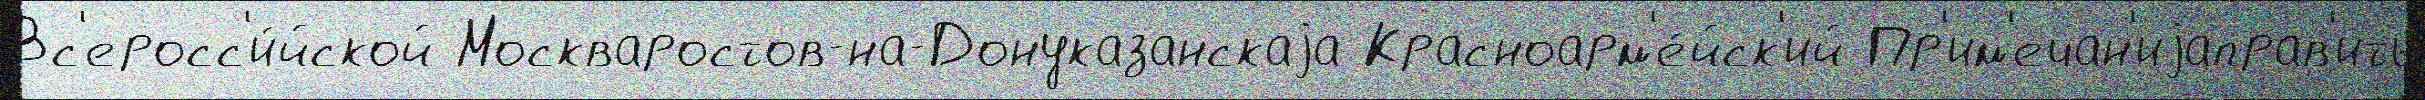
Вс'еросс'и́йской Москваростов-на-Донуказанскаjа Красноарм'е́йск'ий Пр'им'ечан'иjаправ'ить